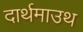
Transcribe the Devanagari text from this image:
दार्थमाउथ